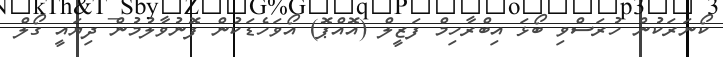
ކޯނަރަކުން ހުރަސްވި ބޯޅަ އިބްރާހިމް ފަޒީލް (އޮއްޕޮ) އޯވަހެޑަކުން ފޮނުވާލުމުން ދިޔައީ ގޯލް